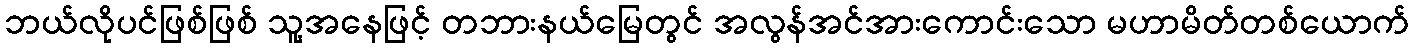
ဘယ်လိုပင်ဖြစ်ဖြစ် သူ့အနေဖြင့် တဘားနယ်မြေတွင် အလွန်အင်အားကောင်းသော မဟာမိတ်တစ်ယောက်